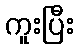
ကူးပြီး